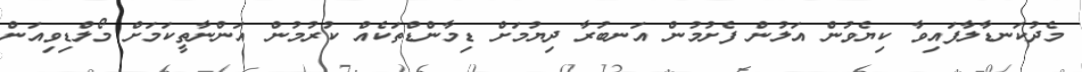
މެދުކަނޑާލާފައިވާ ކިޔެވުން އަލުން ފެށުމުން އަނބުރާ ދިޔުމަށް ޑިމާންޑްތަކެއް ކުރުމުން އަންނާތީކަމަށް މޯލްޑިވިއަން